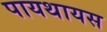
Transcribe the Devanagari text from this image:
पायथायस